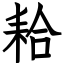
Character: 耠